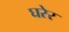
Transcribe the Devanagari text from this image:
घरेर